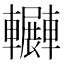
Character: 𨏲